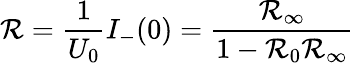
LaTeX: \mathcal{R}=\frac{{1}}{{U_{0}}}I_{-}(0)=\frac{{\mathcal{R}_{\infty}}}{{1-\mathcal{R}_{0}\mathcal{R}_{\infty}}}